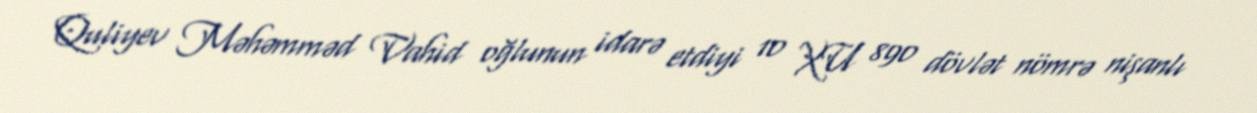
Quliyev Məhəmməd Vahid oğlunun idarə etdiyi 10 XU 890 dövlət nömrə nişanlı